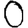
Digit: 0